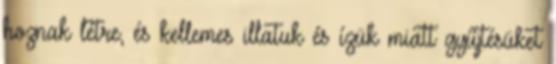
hoznak létre, és kellemes illatuk és ízük miatt gyűjtésüket